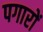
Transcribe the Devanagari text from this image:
पगारों